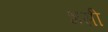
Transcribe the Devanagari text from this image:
भसी